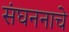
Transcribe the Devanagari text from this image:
संघननाचे